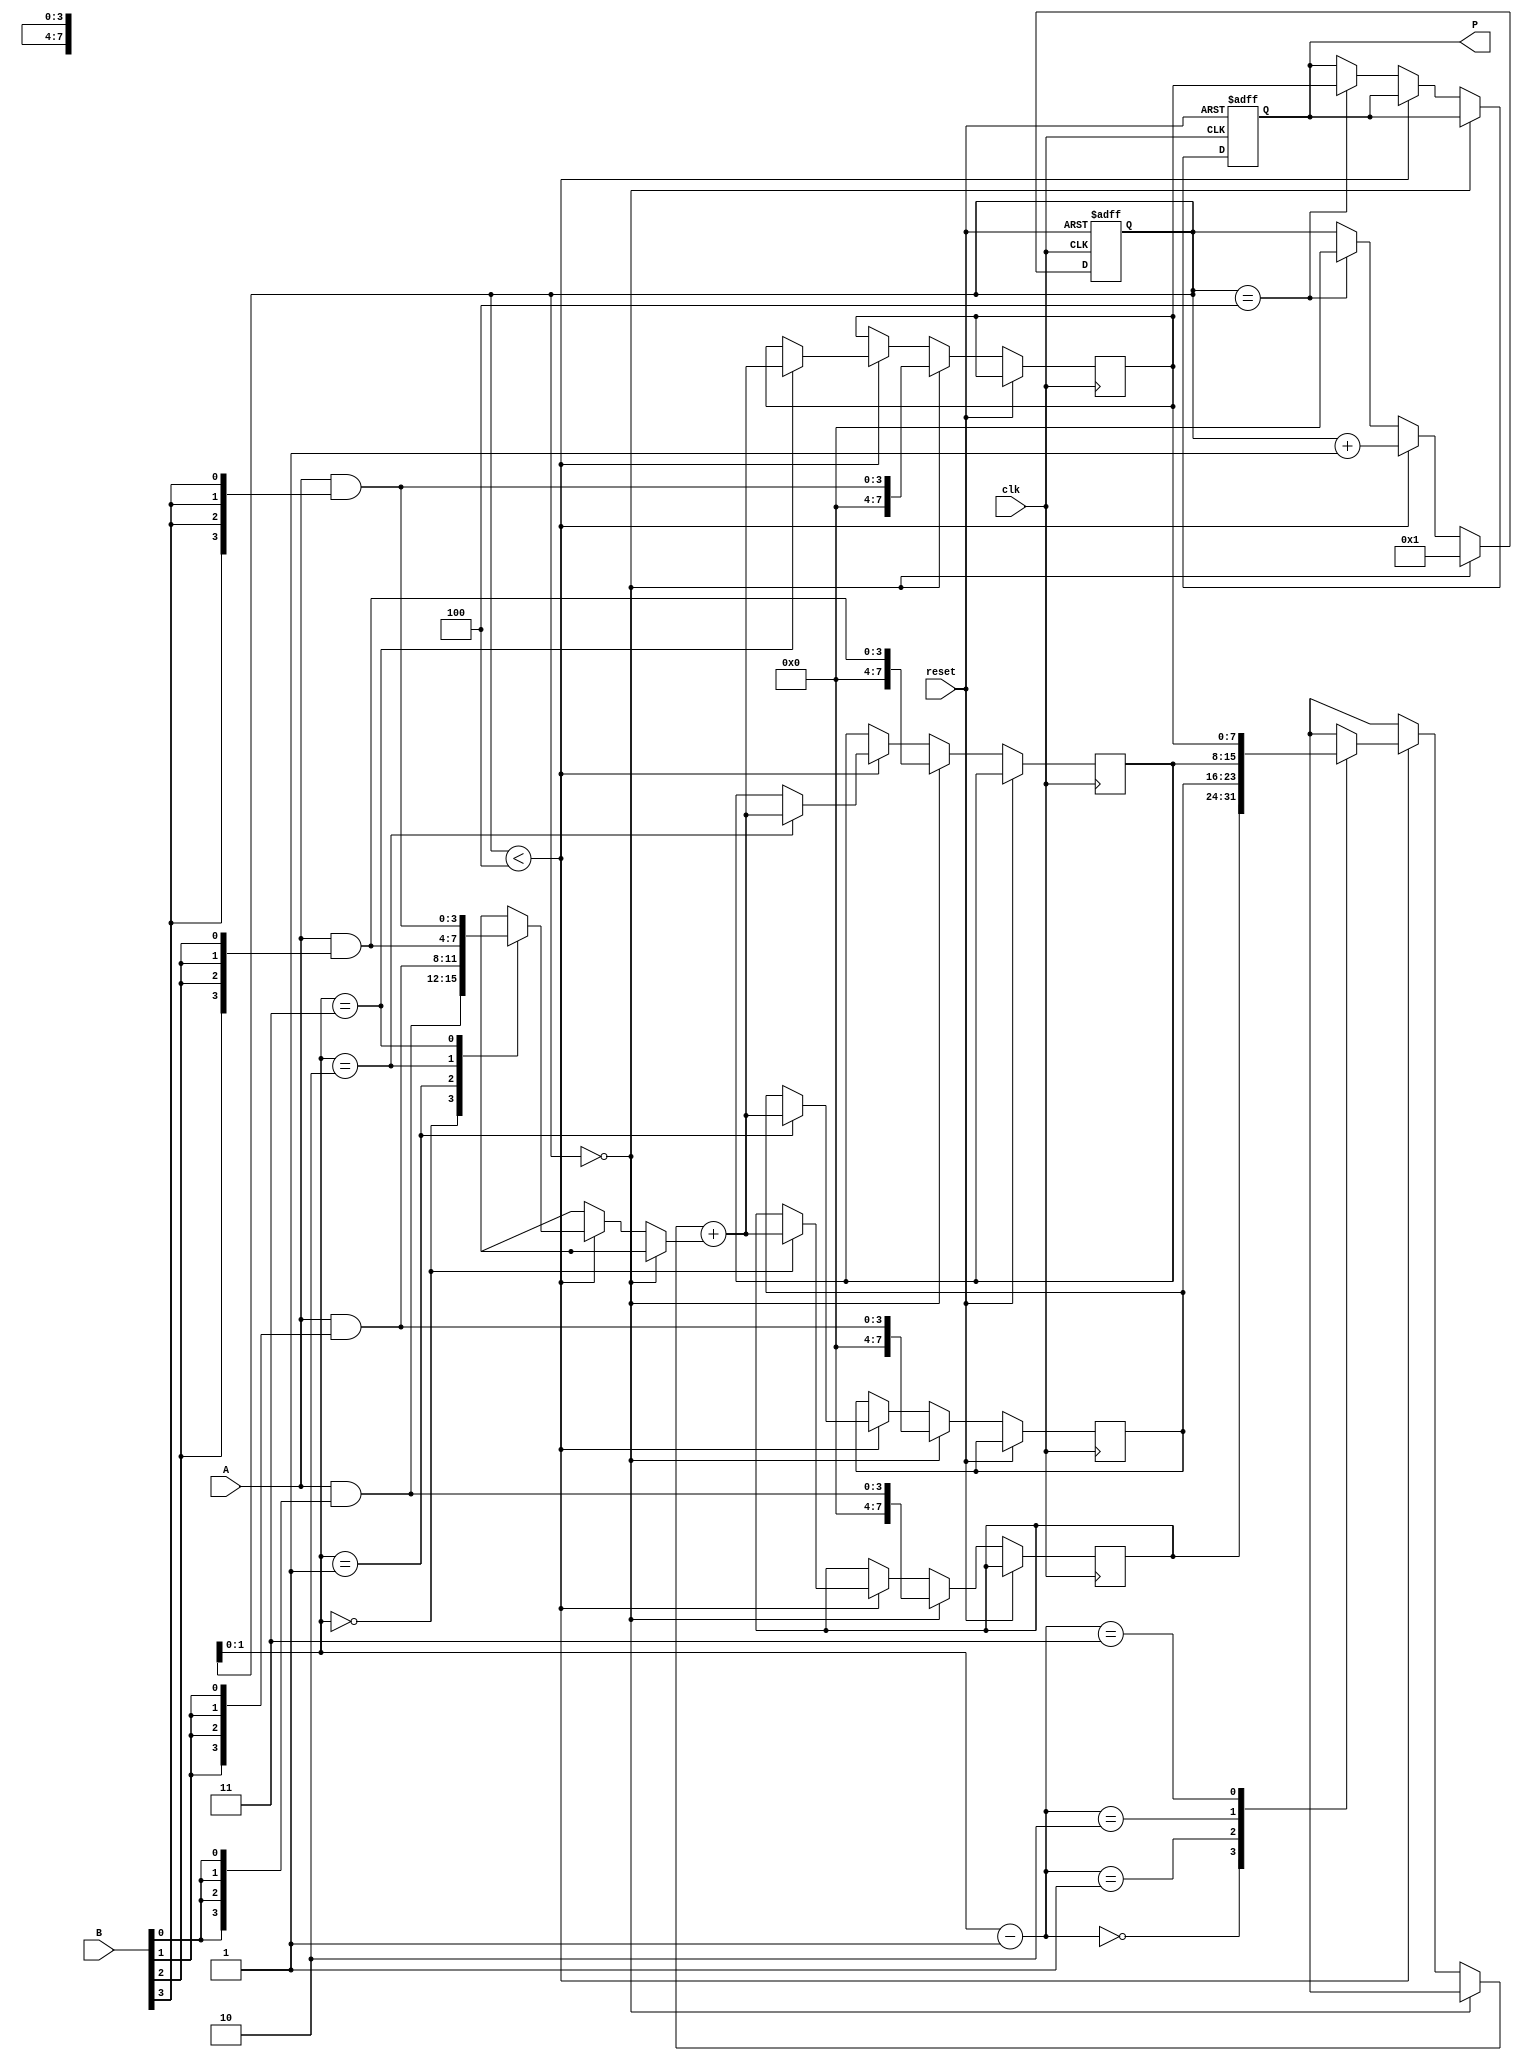
module dadda_multiplier #(parameter N = 4) (
    input  wire [N-1:0] A,      // Multiplicand
    input  wire [N-1:0] B,      // Multiplier
    input  wire clk,             // Clock signal
    input  wire reset,           // Reset signal
    output reg [2*N-1:0] P       // Product output
);

    // Internal signals
    wire [N-1:0] pp [0:N-1];     // Partial products
    wire [2*N-1:0] sum [0:N-1];  // Sums of partial products
    wire [2*N-1:0] carry [0:N-1]; // Carry bits for addition
    reg [N-1:0] row_count;        // Row counter for reduction

    // Generate partial products
    genvar i;
    generate
        for (i = 0; i < N; i = i + 1) begin : pp_gen
            assign pp[i] = A & {N{B[i]}}; // ANDing A with each bit of B
        end
    endgenerate

    // Reduction tree
    always @(posedge clk or posedge reset) begin
        if (reset) begin
            P <= 0;
            row_count <= 0;
        end else begin
            // Initialize row_count
            if (row_count == 0) begin
                // First stage of reduction
                sum[0] <= pp[0];
                sum[1] <= pp[1];
                sum[2] <= pp[2];
                sum[3] <= pp[3];
                row_count <= 1;
            end else if (row_count < N) begin
                // Perform addition of partial products
                {carry[row_count], sum[row_count]} <= sum[row_count-1] + pp[row_count];
                row_count <= row_count + 1;
            end else if (row_count == N) begin
                // Final addition
                P <= sum[N-1]; // Assign the final product
                row_count <= 0; // Reset row count for next multiplication
            end
        end
    end

endmodule